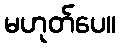
မဟုတ်ပေ။